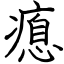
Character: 瘜